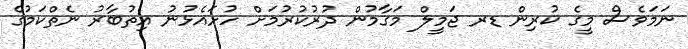
ނަމަވެސް މީގެ ކުރިން ޑރ ޖަމީލް މަގާމުން ދުރުކުރުމަށް ހުށައެޅުނު އިތުބާރު ނެތްކަމުގެ